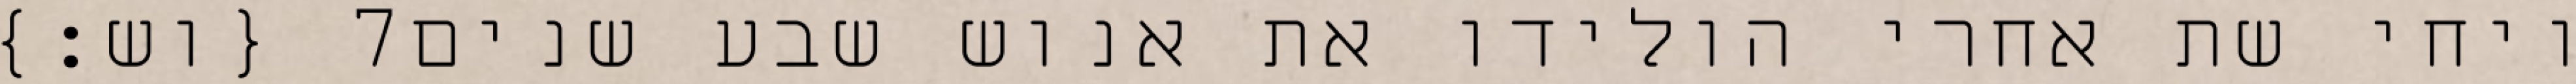
{וש׃} ‎7‏ ויחי שת אחרי הולידו את אנוש שבע שנים